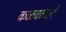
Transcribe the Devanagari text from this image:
कळवळलें